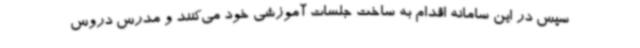
سپس در این سامانه اقدام به ساخت جلسات آموزشی خود می‌کنند و مدرس دروس